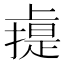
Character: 䶶